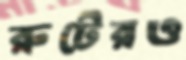
রুটেরও